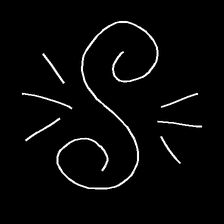
Glyph: wind-directs-air